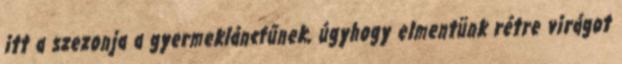
itt a szezonja a gyermekláncfűnek, úgyhogy elmentünk rétre virágot